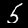
Label: 5